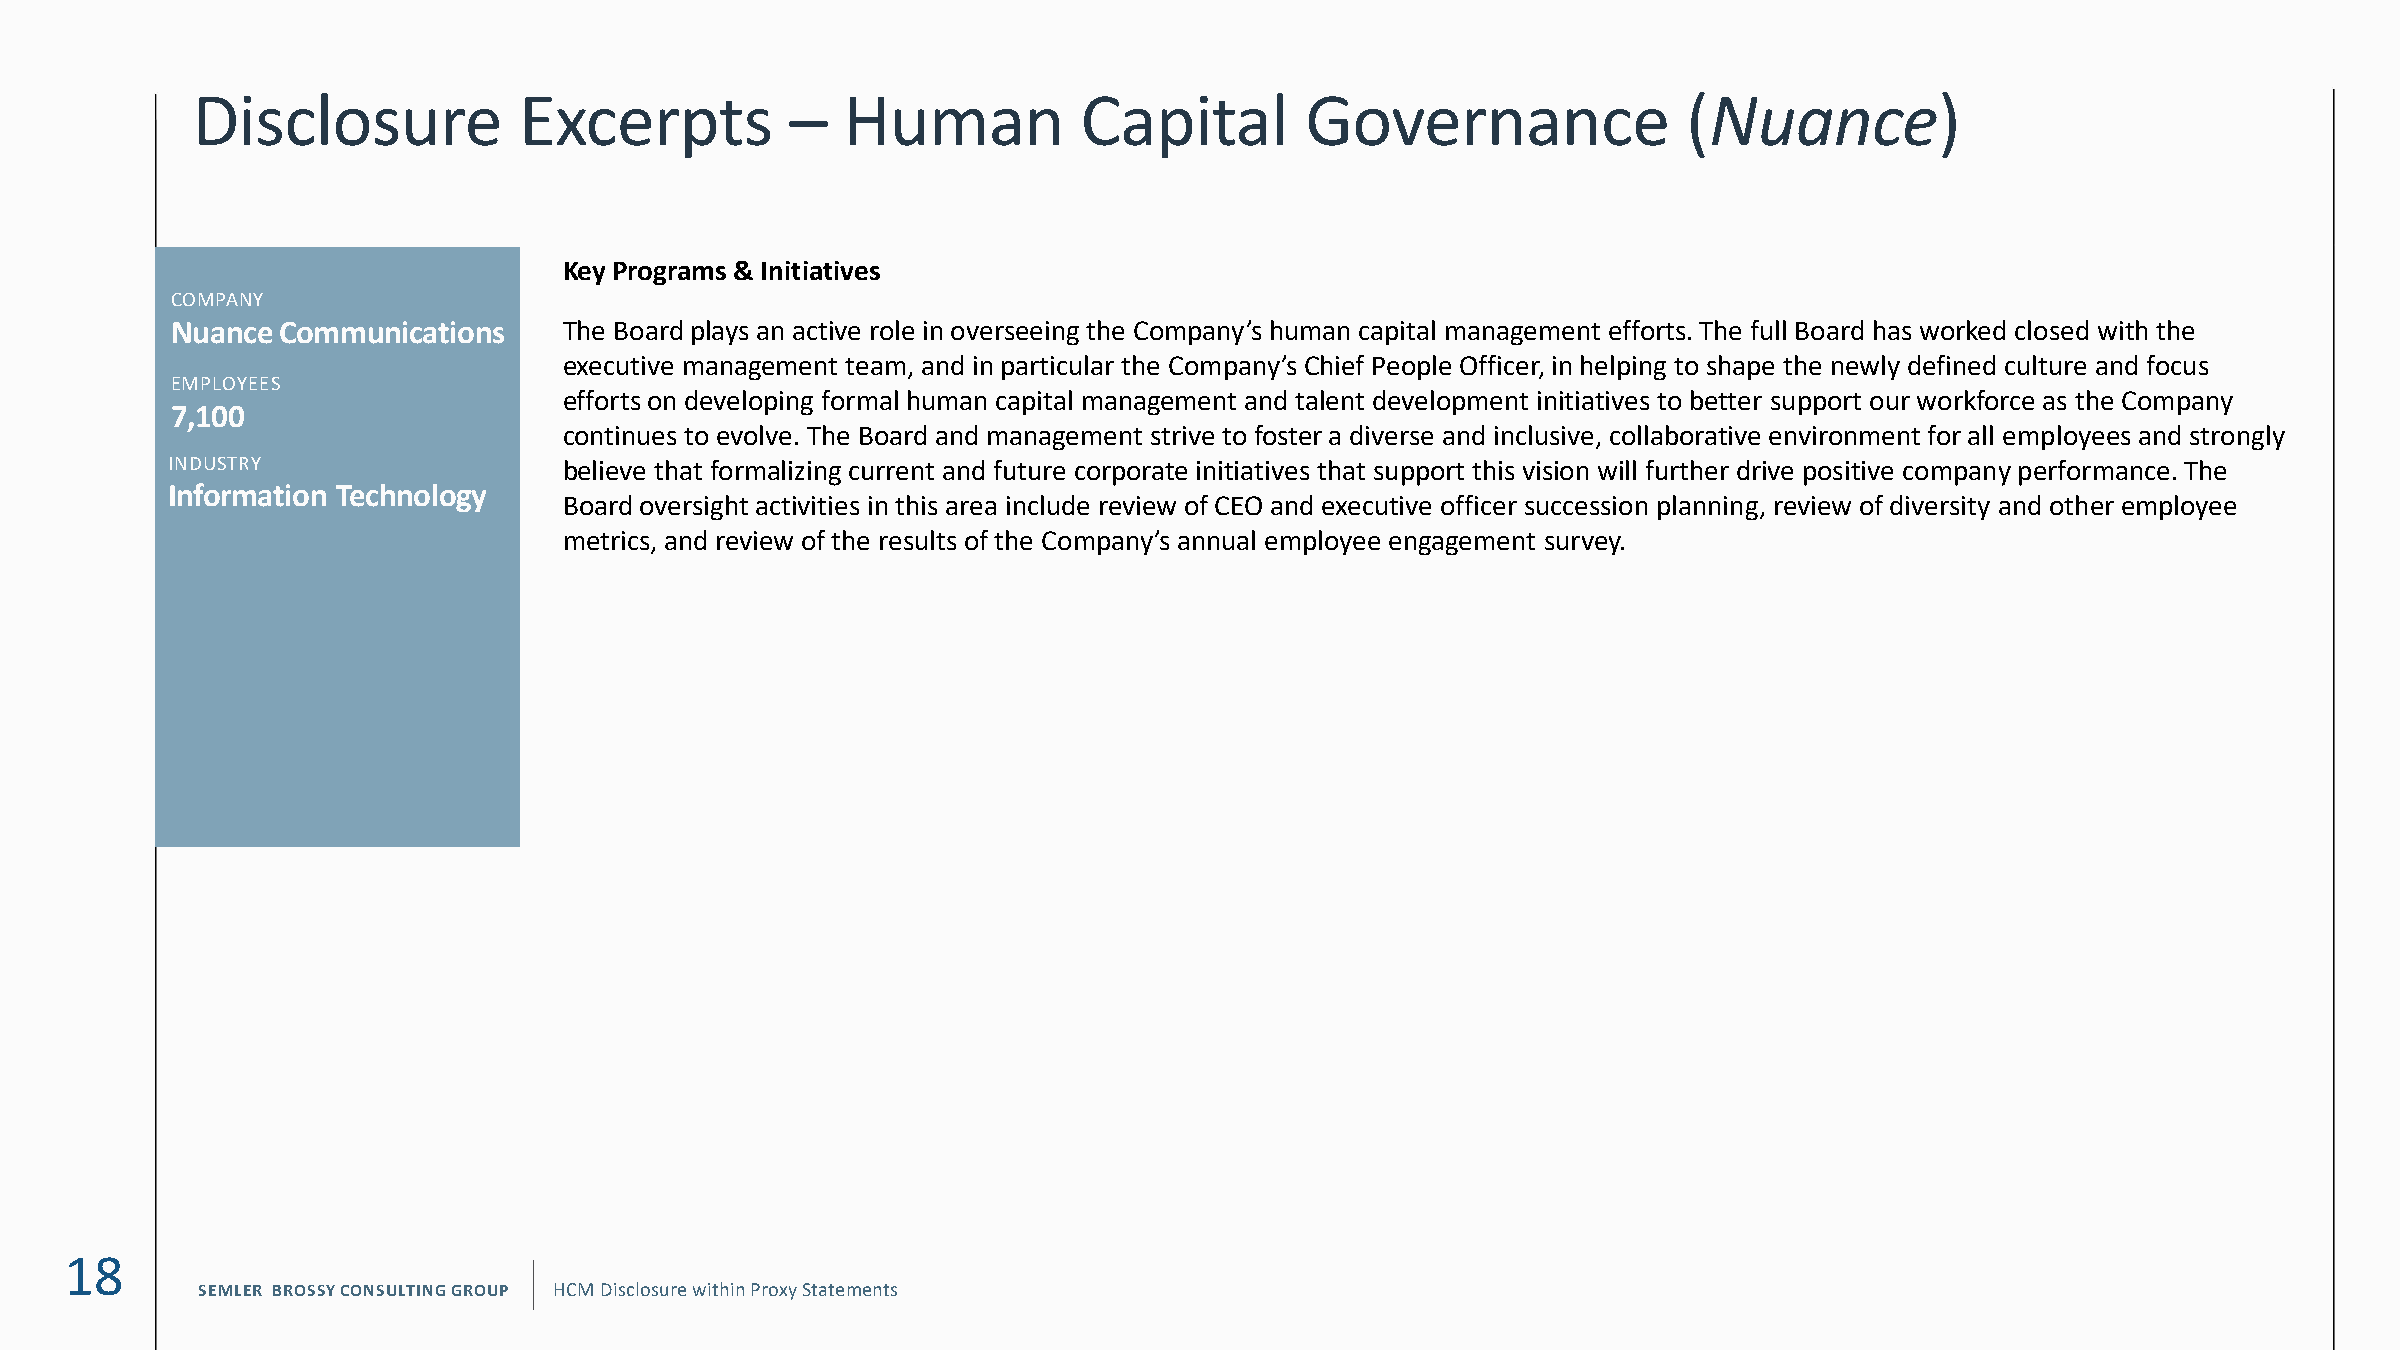
Disclosure           Excerpts          –   Human           Capital       Governance                (Nuance)
 Key Programs & Initiatives
 WEX
 COMPANY                                                                   COMPANY
 NuanceCommunications      The Board plays an active role in overseeing the Company’s hum FILa INn
 G
 c6a/p2i9t/a2l0 management efforts. The full Board has worked closed with the
 executive management team, and in particular the Company’s Chief People Officer, in helping to shape the newly defined culture and focus
 EMPLOYEES                                                                 FYE DATE 12/31
 efforts on developing formal human capital management and talent development initiatives to better support our workforce as the Company
 7,100
 continues to evolve. The Board and management strive to foIsNtDeUrS TaR Yd I in vf eo rr sm ea ati no dn T inec ch lun so il vo egy , collaborative environment for all employees and strongly
 INDUSTRY                  believe that formalizing current and future corporate initiatives that support this vision will further drive positive company performance. The
 Information Technology
 Board oversight activities in this area include review of CEO and executive officer succession planning, review of diversity and other employee
 metrics, and review of the results of the Company’s annual employee engagement survey.
 18
 SEMLER BROSSY CONSULTING GROUP HCM Disclosure within Proxy Statements